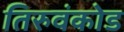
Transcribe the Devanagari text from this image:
तिरुवंकोड